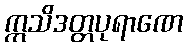
ဣသိဒတ္တပုရာဏေ